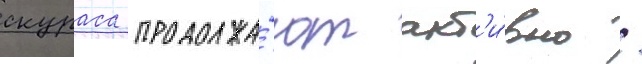
скураса продолжа́ют акт'и́вно /